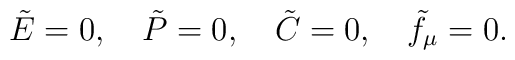
\tilde{E} =0, ~~~\tilde{P} =0,~~~\tilde{C}= 0, ~~~\tilde{f}_{\mu}=0.